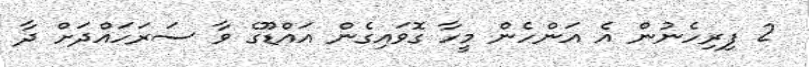
2 ފިރިހެނުން އެ އަންހެން މީހާ ގޮވައިގެން އައްޑޫގެ ވާ ސަރަހައްދަށް ދާ